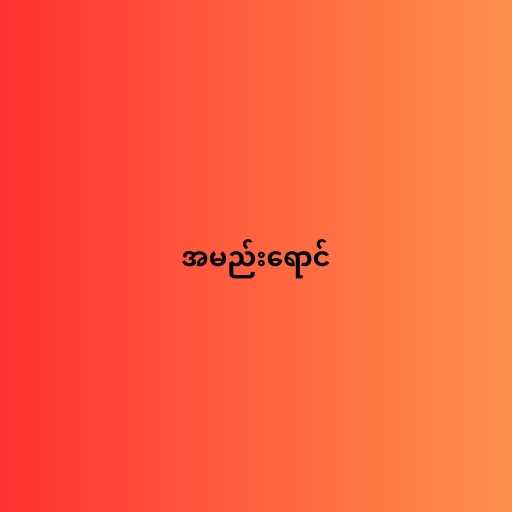
အမည်းရောင်